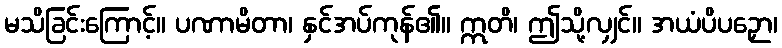
မသိခြင်းကြောင့်။ ပဏာမိတာ၊ နှင်အပ်ကုန်၏။ ဣတိ၊ ဤသို့လျှင်။ အယံပိပဉှော၊